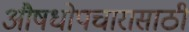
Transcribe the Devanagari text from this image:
औषधोपचारासाठी